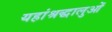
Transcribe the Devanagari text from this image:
यहांश्रद्धालुओं